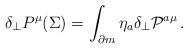
LaTeX: \begin{align*}\delta_\perp P^\mu (\Sigma ) = \int_{\partial m} \eta_a \delta_\perp {\cal P}^{a\mu}\,.\end{align*}